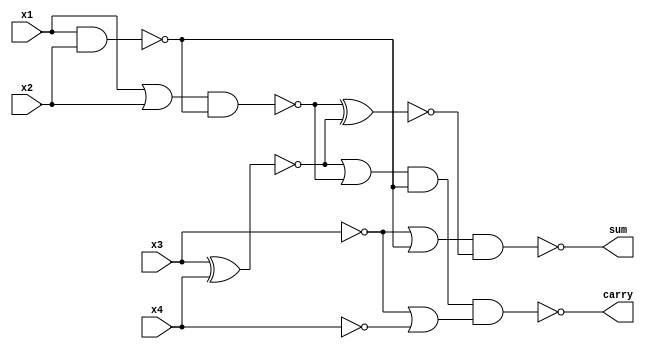
`timescale 1ns / 1ps
//////////////////////////////////////////////////////////////////////////////////
// Company: 
// Engineer: 
// 
// Design Name: 
// Module Name: yang1
// Project Name: 
// Target Devices: 
// Tool Versions: 
// Description: 
// 
// Dependencies: 
// 
// Revision:
// Revision 0.01 - File Created
// Additional Comments:
// 
//////////////////////////////////////////////////////////////////////////////////


module yang1 (x1,x2,x3,x4, sum, carry);
input x1,x2,x3,x4;
output  sum, carry;

assign sum = ~((~x3|~(x1&x2))&~(~((x1|x2)&~(x1&x2))^(~(x3^x4))));
assign carry = ~((~(x3^x4 )|~((x1 |x2 )&~(x1 &x2 )))&(~(x1 &x2 ))&(~x3 |~x4 ));
endmodule